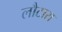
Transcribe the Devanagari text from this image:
लौटारा